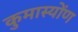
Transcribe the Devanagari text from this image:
कुमास्योंण